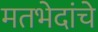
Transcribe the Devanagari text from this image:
मतभेदांचे